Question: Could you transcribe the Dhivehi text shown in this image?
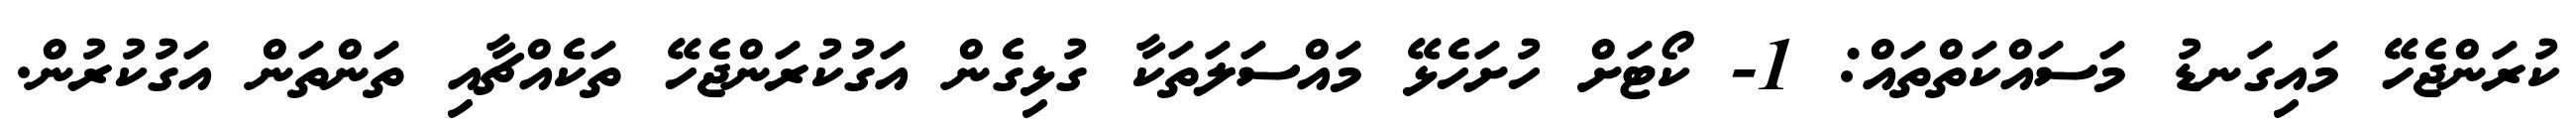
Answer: ކުރަންޖެހޭ މައިގަނޑު މަސައްކަތްތައް: 1- ކޯޓަށް ހުށަހެޅޭ މައްސަލަތަކާ ގުޅިގެން އަގުކުރަންޖެހޭ ތަކެއްޗާއި ތަންތަން އަގުކުރުން.